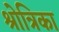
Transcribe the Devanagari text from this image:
श्रोत्रिका